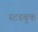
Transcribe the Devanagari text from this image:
स्टडबुक